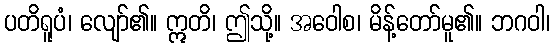
ပတိရူပံ၊ လျော်၏။ ဣတိ၊ ဤသို့။ အဝေါစ၊ မိန့်တော်မူ၏။ ဘဂဝါ၊